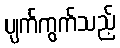
ပျက်ကွက်သည့်